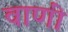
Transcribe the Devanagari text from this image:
वाणीं